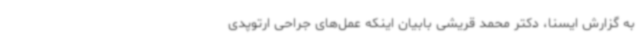
به گزارش ایسنا، دکتر محمد قریشی بابیان اینکه عمل‌های جراحی ارتوپدی